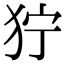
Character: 狞